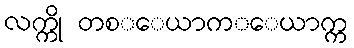
လက္ကို တစ္ေယာက္ေယာက္က